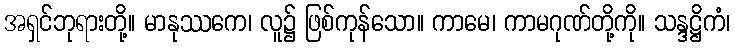
အရှင်ဘုရားတို့။ မာနုဿကေ၊ လူ၌ ဖြစ်ကုန်သော။ ကာမေ၊ ကာမဂုဏ်တို့ကို။ သန္ဒဋ္ဌိကံ၊